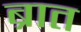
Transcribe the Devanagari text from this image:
ब्रात